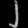
Digit: ၂